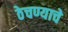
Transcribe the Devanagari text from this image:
ठेचण्याचे